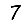
Digit: 7